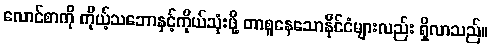
လောင်စာကို ကိုယ့်သဘောနှင့်ကိုယ်သုံးဖို့ တာစူနေသောနိုင်ငံများလည်း ရှိလာသည်။